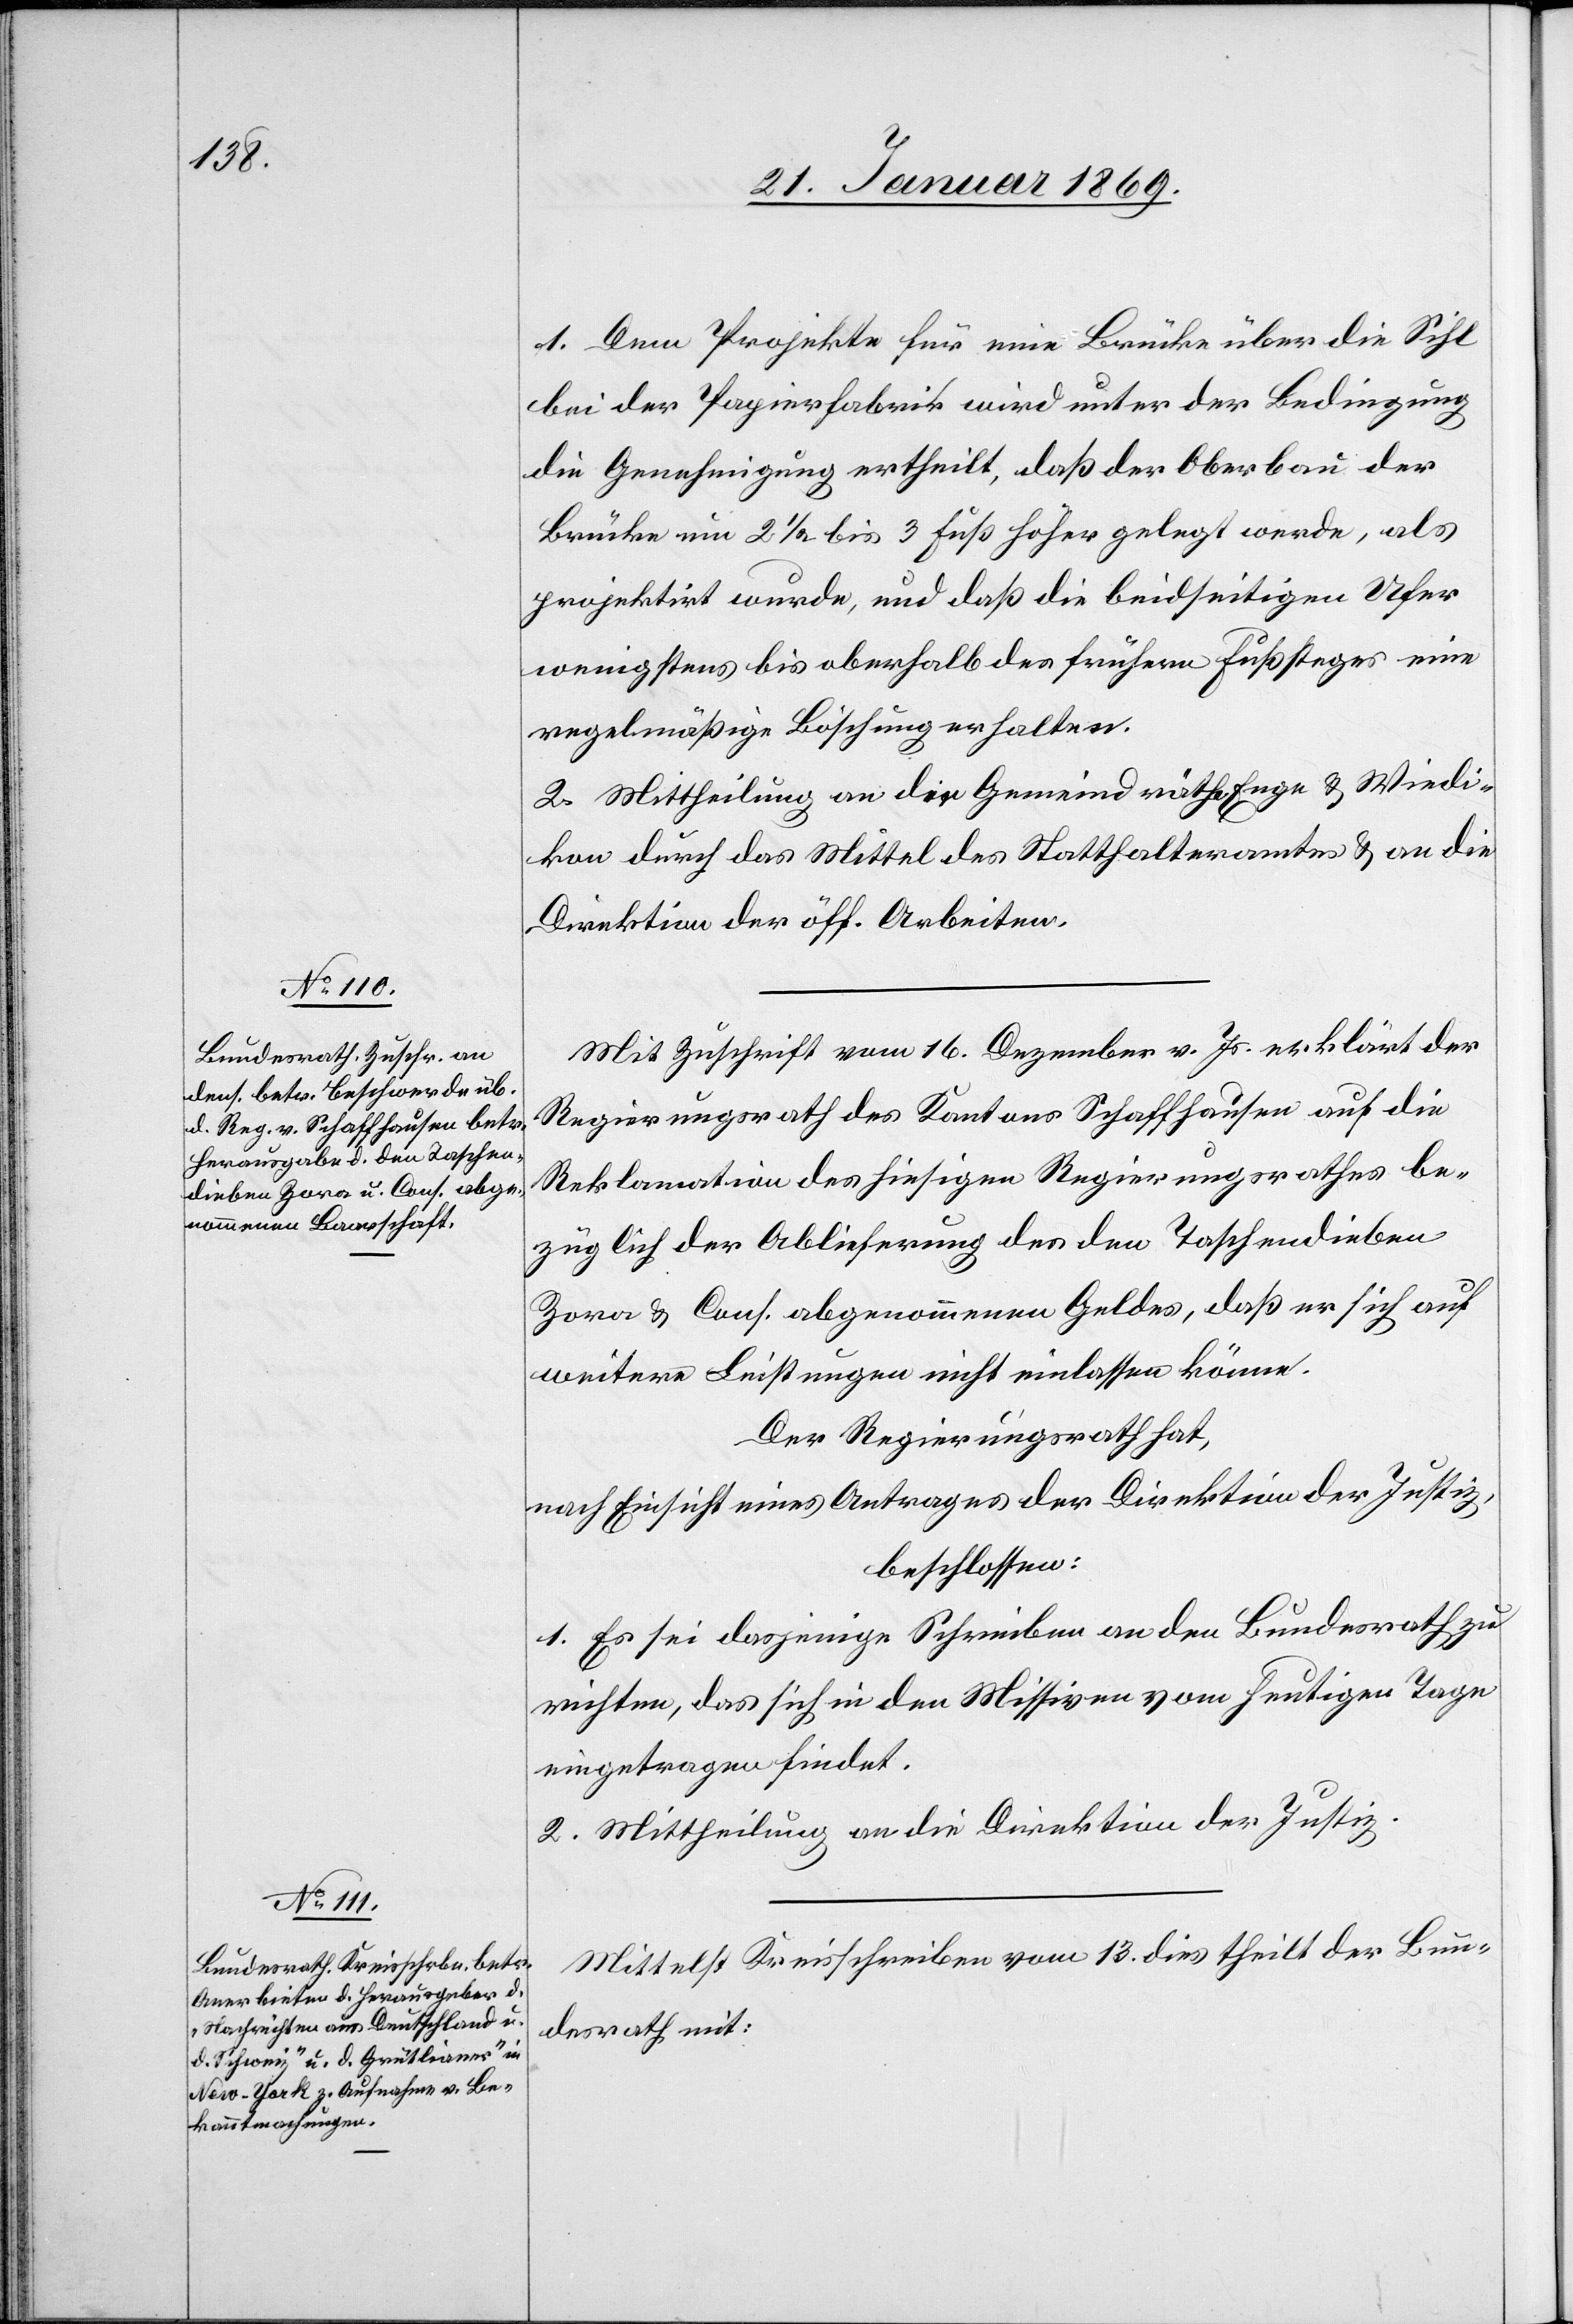
1. Dem Projekte für eine Brücke über die Sihl
bei der Papierfabrik wird unter der Bedingung
die Genehmigung ertheilt, daß der Oberbau der
Brücke um 2 1/2 bis 3 Fuß höher gelegt werde, als
projektirt wurde, und daß die beidseitigen Ufer
wenigstens bis oberhalb des frühern Fußweges eine
regelmäßige Böschung erhalten.
2. Mittheilung an die Gemeindräthe Enge & Wiedi¬
kon durch das Mittel des Statthalteramtes & an die
Direktion der öff. Arbeiten.
Mit Zuschrift vom 16. Dezember v. Js. erklärt der
Regierungsrath des Kantons Schaffhausen auf die
Reklamation des hiesigen Regierungsrathes be¬
züglich der Ablieferung des den Taschendieben
Zora u. Cons. abgenommenen Geldes, daß er sich auf
weitere Leistungen nicht einlassen könne.
Der Regierungsrath hat,
nach Einsicht eines Antrages der Direktion der Justiz,
beschlossen:
1. Es sei dasjenige Schreiben an den Bundesrath zu
richten, das sich in den Missiven vom heutigen Tage
eingetragen findet.
2. Mittheilung an die Direktion der Justiz.
Mittelst Kreisschreiben vom 13 dies theilt der Bun¬
desrath mit: